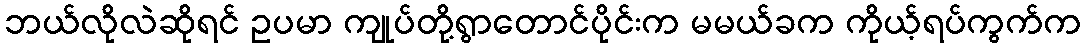
ဘယ်လိုလဲဆိုရင် ဥပမာ ကျုပ်တို့ရွာတောင်ပိုင်းက မမယ်ခက ကိုယ့်ရပ်ကွက်က